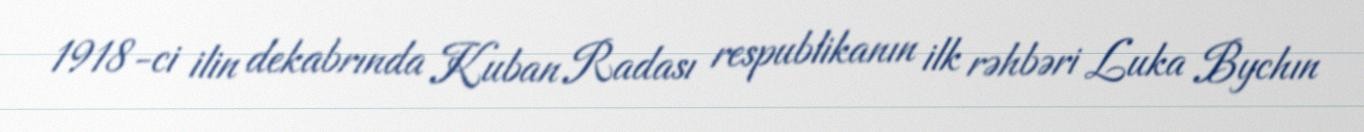
1918-ci ilin dekabrında Kuban Radası respublikanın ilk rəhbəri Luka Bychın